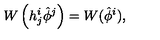
W \left( h _ { j } ^ { i } \hat { \phi } ^ { j } \right) = W ( \hat { \phi } ^ { i } ) ,